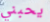
يحبني